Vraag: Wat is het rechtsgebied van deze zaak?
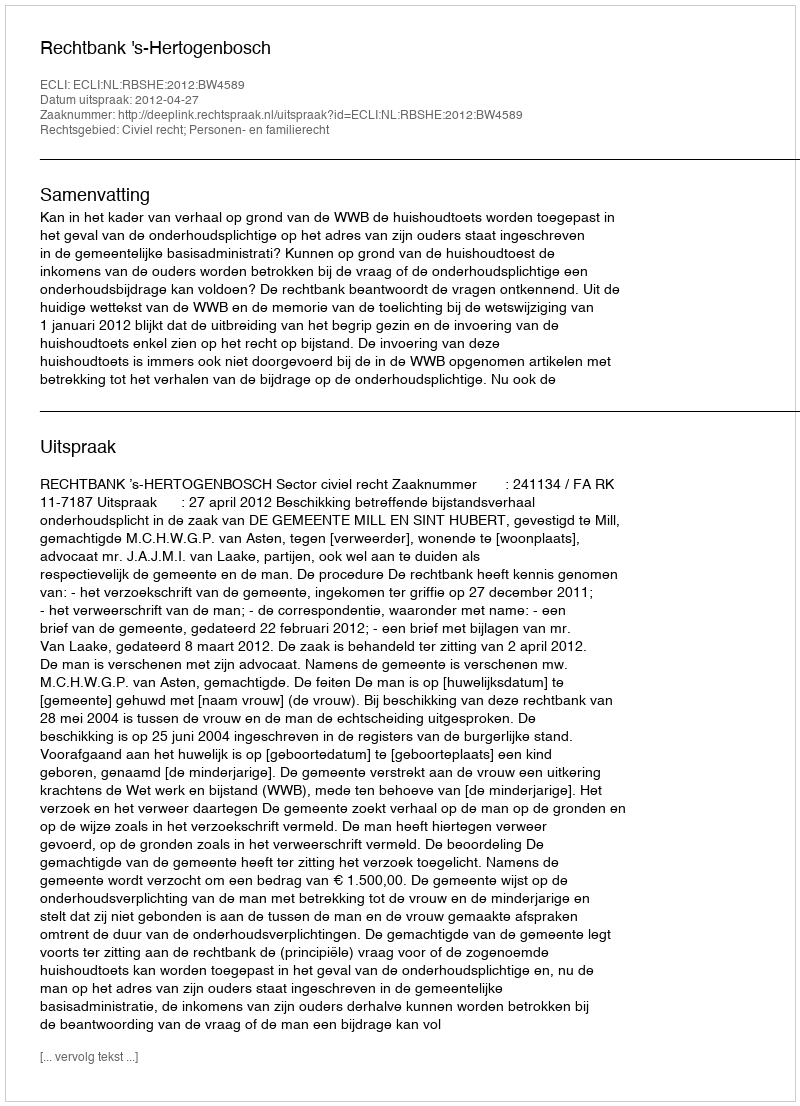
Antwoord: Civiel recht; Personen- en familierecht